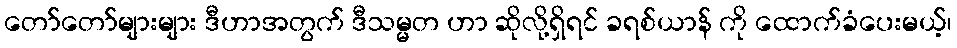
တော်တော်များများ ဒီဟာအတွက် ဒီသမ္မတ ဟာ ဆိုလို့ရှိရင် ခရစ်ယာန် ကို ထောက်ခံပေးမယ့်၊